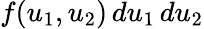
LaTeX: f(u_{1},u_{2})\, du_{1}\, du_{2}